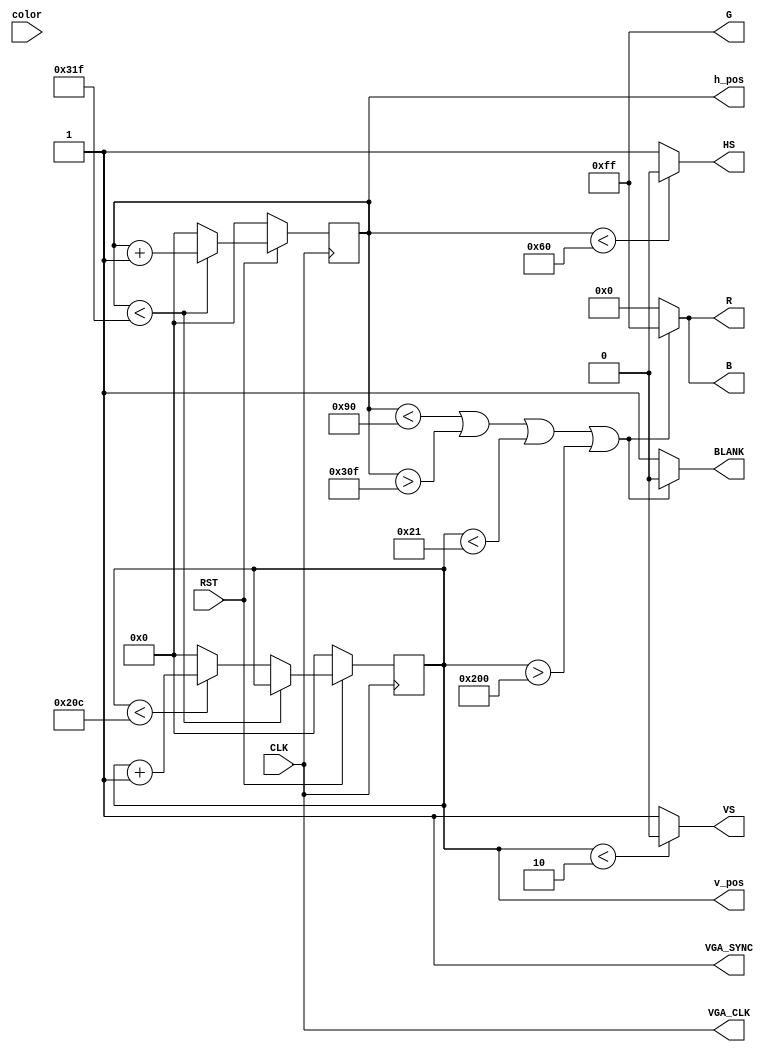
module VGA_Interface_block(
//Entradas
color,
CLK,
RST,
//Sadas		
R,G,B,
HS,VS,
BLANK,
h_pos,
v_pos,
VGA_SYNC,
VGA_CLK
); 

	input [7:0] color;
	input CLK, RST;
	
	output reg [7:0] R, G, B;
	output HS, VS;
	output reg BLANK;
	output  VGA_SYNC, VGA_CLK;

	parameter H_FRONT = 16;
	parameter H_SYNC = 96;
	parameter H_BACK = 48;
	parameter H_DISPLAY = 640;
	parameter H_BLANK = H_SYNC+H_BACK;
	parameter H_TOTAL = H_FRONT+H_SYNC+H_BACK+H_DISPLAY;

	parameter V_FRONT = 12;
	parameter V_SYNC = 2;
	parameter V_BACK = 31;
	parameter V_DISPLAY	= 480;
	parameter V_BLANK = V_SYNC+V_BACK;
	parameter V_TOTAL = V_FRONT+V_SYNC+V_BACK+V_DISPLAY;

	output reg [9:0] h_pos, v_pos;
	
	wire [23:0] colors[0:255];
	
	assign colors[0] = 24'h000000;  
	assign colors[1] = 24'h800000;
	assign colors[2] = 24'h008000;
	assign colors[3] = 24'h808000;  
	assign colors[4] = 24'h000080;
	assign colors[5] = 24'h800080;
	assign colors[6] = 24'h008080;
	assign colors[7] = 24'hc0c0c0;
	assign colors[8] = 24'h808080;
	assign colors[9] = 24'hff0000;
	assign colors[10] = 24'h00ff00;
	assign colors[11] = 24'hffff00;
	assign colors[12] = 24'h0000ff;
	assign colors[13] = 24'hff00ff;
	assign colors[14] = 24'h00ffff;
	assign colors[15] = 24'hffffff;
	assign colors[16] = 24'h000000;
	assign colors[17] = 24'h00005f;
	assign colors[18] = 24'h000087;
	assign colors[19] = 24'h0000af;
	assign colors[20] = 24'h0000d7;
	assign colors[21] = 24'h0000ff;
	assign colors[22] = 24'h005f00;
	assign colors[23] = 24'h005f5f;
	assign colors[24] = 24'h005f87;
	assign colors[25] = 24'h005faf;
	assign colors[26] = 24'h005fd7;
	assign colors[27] = 24'h005fff;
	assign colors[28] = 24'h008700;
	assign colors[29] = 24'h00875f; 
	assign colors[30] = 24'h008787;
	assign colors[31] = 24'h0087af;
	assign colors[32] = 24'h0087d7;
	assign colors[33] = 24'h0087ff;
	assign colors[34] = 24'h00af00; 
	assign colors[35] = 24'h00af5f;
	assign colors[36] = 24'h00af87;
	assign colors[37] = 24'h00afaf;
	assign colors[38] = 24'h00afd7;
	assign colors[39] = 24'h00afff;
	assign colors[40] = 24'h00d700; 
	assign colors[41] = 24'h00d75f;
	assign colors[42] = 24'h00d787;
	assign colors[43] = 24'h00d7af;
	assign colors[44] = 24'h00d7d7;
	assign colors[45] = 24'h00d7ff;
	assign colors[46] = 24'h00ff00; 
	assign colors[47] = 24'h00ff5f;
	assign colors[48] = 24'h00ff87;
	assign colors[49] = 24'h00ffaf;
	assign colors[50] = 24'h00ffd7;
	assign colors[51] = 24'h00ffff;
	assign colors[52] = 24'h5f0000; 
	assign colors[53] = 24'h5f005f;
	assign colors[54] = 24'h5f0087;
	assign colors[55] = 24'h5f00af;
	assign colors[56] = 24'h5f00d7;
	assign colors[57] = 24'h5f00ff;
	assign colors[58] = 24'h5f5f00; 
	assign colors[59] = 24'h5f5f5f;
	assign colors[60] = 24'h5f5f87;
	assign colors[61] = 24'h5f5faf;
	assign colors[62] = 24'h5f5fd7;
	assign colors[63] = 24'h5f5fff;
	assign colors[64] = 24'h5f8700; 
	assign colors[65] = 24'h5f875f;
	assign colors[66] = 24'h5f8787;
	assign colors[67] = 24'h5f87af;
	assign colors[68] = 24'h5f87d7;
	assign colors[69] = 24'h5f87ff;
	assign colors[70] = 24'h5faf00; 
	assign colors[71] = 24'h5faf5f;
	assign colors[72] = 24'h5faf87;
	assign colors[73] = 24'h5fafaf;
	assign colors[74] = 24'h5fafd7;
	assign colors[75] = 24'h5fafff;
	assign colors[76] = 24'h5fd700; 
	assign colors[77] = 24'h5fd75f;
	assign colors[78] = 24'h5fd787;
	assign colors[79] = 24'h5fd7af;
	assign colors[80] = 24'h5fd7d7;
	assign colors[81] = 24'h5fd7ff;
	assign colors[82] = 24'h5fff00; 
	assign colors[83] = 24'h5fff5f;
	assign colors[84] = 24'h5fff87;
	assign colors[85] = 24'h5fffaf;
	assign colors[86] = 24'h5fffd7;
	assign colors[87] = 24'h5fffff;
	assign colors[88] = 24'h870000; 
	assign colors[89] = 24'h87005f;
	assign colors[90] = 24'h870087;
	assign colors[91] = 24'h8700af;
	assign colors[92] = 24'h8700d7;
	assign colors[93] = 24'h8700ff;
	assign colors[94] = 24'h875f00; 
	assign colors[95] = 24'h875f5f;
	assign colors[96] = 24'h875f87;
	assign colors[97] = 24'h875faf;
	assign colors[98] = 24'h875fd7;
	assign colors[99] = 24'h875fff;
	assign colors[100] = 24'h878700;
	assign colors[101] = 24'h87875f;
	assign colors[102] = 24'h878787;
	assign colors[103] = 24'h8787af;
	assign colors[104] = 24'h8787d7;
	assign colors[105] = 24'h8787ff;
	assign colors[106] = 24'h87af00;
	assign colors[107] = 24'h87af5f;
	assign colors[108] = 24'h87af87;
	assign colors[109] = 24'h87afaf;
	assign colors[110] = 24'h87afd7;
	assign colors[111] = 24'h87afff;
	assign colors[112] = 24'h87d700;
	assign colors[113] = 24'h87d75f;
	assign colors[114] = 24'h87d787;
	assign colors[115] = 24'h87d7af;
	assign colors[116] = 24'h87d7d7;
	assign colors[117] = 24'h87d7ff;
	assign colors[118] = 24'h87ff00;
	assign colors[119] = 24'h87ff5f;
	assign colors[120] = 24'h87ff87;
	assign colors[121] = 24'h87ffaf;
	assign colors[122] = 24'h87ffd7;
	assign colors[123] = 24'h87ffff;
	assign colors[124] = 24'haf0000;
	assign colors[125] = 24'haf005f;
	assign colors[126] = 24'haf0087;
	assign colors[127] = 24'haf00af;
	assign colors[128] = 24'haf00d7;
	assign colors[129] = 24'haf00ff;
	assign colors[130] = 24'haf5f00;
	assign colors[131] = 24'haf5f5f;
	assign colors[132] = 24'haf5f87;
	assign colors[133] = 24'haf5faf;
	assign colors[134] = 24'haf5fd7;
	assign colors[135] = 24'haf5fff;
	assign colors[136] = 24'haf8700;
	assign colors[137] = 24'haf875f;
	assign colors[138] = 24'haf8787;
	assign colors[139] = 24'haf87af;
	assign colors[140] = 24'haf87d7;
	assign colors[141] = 24'haf87ff;
	assign colors[142] = 24'hafaf00;
	assign colors[143] = 24'hafaf5f;
	assign colors[144] = 24'hafaf87;
	assign colors[145] = 24'hafafaf;
	assign colors[146] = 24'hafafd7;
	assign colors[147] = 24'hafafff;
	assign colors[148] = 24'hafd700;
	assign colors[149] = 24'hafd75f;
	assign colors[150] = 24'hafd787;
	assign colors[151] = 24'hafd7af;
	assign colors[152] = 24'hafd7d7;
	assign colors[153] = 24'hafd7ff;
	assign colors[154] = 24'hafff00;
	assign colors[155] = 24'hafff5f;
	assign colors[156] = 24'hafff87;
	assign colors[157] = 24'hafffaf;
	assign colors[158] = 24'hafffd7;
	assign colors[159] = 24'hafffff;
	assign colors[160] = 24'hd70000;
	assign colors[161] = 24'hd7005f;
	assign colors[162] = 24'hd70087;
	assign colors[163] = 24'hd700af;
	assign colors[164] = 24'hd700d7;
	assign colors[165] = 24'hd700ff;
	assign colors[166] = 24'hd75f00;
	assign colors[167] = 24'hd75f5f;
	assign colors[168] = 24'hd75f87;
	assign colors[169] = 24'hd75faf;
	assign colors[170] = 24'hd75fd7;
	assign colors[171] = 24'hd75fff;
	assign colors[172] = 24'hd78700;
	assign colors[173] = 24'hd7875f;
	assign colors[174] = 24'hd78787;
	assign colors[175] = 24'hd787af;
	assign colors[176] = 24'hd787d7;
	assign colors[177] = 24'hd787ff;
	assign colors[178] = 24'hd7af00;
	assign colors[179] = 24'hd7af5f;
	assign colors[180] = 24'hd7af87;
	assign colors[181] = 24'hd7afaf;
	assign colors[182] = 24'hd7afd7;
	assign colors[183] = 24'hd7afff;
	assign colors[184] = 24'hd7d700;
	assign colors[185] = 24'hd7d75f;
	assign colors[186] = 24'hd7d787;
	assign colors[187] = 24'hd7d7af;
	assign colors[188] = 24'hd7d7d7;
	assign colors[189] = 24'hd7d7ff;
	assign colors[190] = 24'hd7ff00;
	assign colors[191] = 24'hd7ff5f;
	assign colors[192] = 24'hd7ff87;
	assign colors[193] = 24'hd7ffaf;
	assign colors[194] = 24'hd7ffd7;
	assign colors[195] = 24'hd7ffff;
	assign colors[196] = 24'hff0000;
	assign colors[197] = 24'hff005f;
	assign colors[198] = 24'hff0087;
	assign colors[199] = 24'hff00af;
	assign colors[200] = 24'hff00d7;
	assign colors[201] = 24'hff00ff;
	assign colors[202] = 24'hff5f00;
	assign colors[203] = 24'hff5f5f;
	assign colors[204] = 24'hff5f87;
	assign colors[205] = 24'hff5faf;
	assign colors[206] = 24'hff5fd7;
	assign colors[207] = 24'hff5fff;
	assign colors[208] = 24'hff8700;
	assign colors[209] = 24'hff875f;
	assign colors[210] = 24'hff8787;
	assign colors[211] = 24'hff87af;
	assign colors[212] = 24'hff87d7;
	assign colors[213] = 24'hff87ff;
	assign colors[214] = 24'hffaf00;
	assign colors[215] = 24'hffaf5f;
	assign colors[216] = 24'hffaf87;
	assign colors[217] = 24'hffafaf;
	assign colors[218] = 24'hffafd7;
	assign colors[219] = 24'hffafff;
	assign colors[220] = 24'hffd700;
	assign colors[221] = 24'hffd75f;
	assign colors[222] = 24'hffd787;
	assign colors[223] = 24'hffd7af;
	assign colors[224] = 24'hffd7d7;
	assign colors[225] = 24'hffd7ff;
	assign colors[226] = 24'hffff00;
	assign colors[227] = 24'hffff5f;
	assign colors[228] = 24'hffff87;
	assign colors[229] = 24'hffffaf;
	assign colors[230] = 24'hffffd7;
	assign colors[231] = 24'hffffff;
	assign colors[232] = 24'h080808;
	assign colors[233] = 24'h121212;
	assign colors[234] = 24'h1c1c1c;
	assign colors[235] = 24'h262626;
	assign colors[236] = 24'h303030;
	assign colors[237] = 24'h3a3a3a;
	assign colors[238] = 24'h444444;
	assign colors[239] = 24'h4e4e4e;
	assign colors[240] = 24'h585858;
	assign colors[241] = 24'h606060;
	assign colors[242] = 24'h666666;
	assign colors[243] = 24'h767676;
	assign colors[244] = 24'h808080;
	assign colors[245] = 24'h8a8a8a;
	assign colors[246] = 24'h949494;
	assign colors[247] = 24'h9e9e9e;
	assign colors[248] = 24'ha8a8a8;
	assign colors[249] = 24'hb2b2b2;
	assign colors[250] = 24'hbcbcbc;
	assign colors[251] = 24'hc6c6c6;
	assign colors[252] = 24'hd0d0d0;
	assign colors[253] = 24'hdadada;
	assign colors[254] = 24'he4e4e4;
	assign colors[255] = 24'heeeeee;
	
	
	always @(posedge CLK)
	begin
		if (RST == 1'b0)
		begin
			h_pos <= 1'b0;
			v_pos <= 1'b0;
		end
		else if (h_pos<H_TOTAL-1)//800 pulsos
		begin
			h_pos <= h_pos + 1'b1;
			//$display ("h_pos=%d v_pos=%d", h_pos, v_pos);
		end		
		else
		begin
			//$display ("h_pos=%d v_pos=%d", h_pos, v_pos);
			h_pos <= 1'b0;
			if (v_pos<V_TOTAL-1)//521 pulsos
				v_pos <= v_pos + 1'b1;	
			else
				v_pos <= 1'b0;
		end
	end
	
	always @(h_pos or v_pos)
	begin    
		if (h_pos<(H_BLANK) || h_pos>(H_TOTAL - H_FRONT - 1) || v_pos<(V_BLANK) || v_pos>(V_TOTAL - V_FRONT - 1))
		begin
			R=8'hff;
			G=8'hff;
			B=8'hff;
			BLANK = 1'b0;
			//$display ("h_pos =%d v_pos =%d | BLANK = 0 | V_SYNC = %b H_SYNC = %b", h_pos, v_pos, VS, HS);
		end
		else
		begin
			//TODO - Display interval
			BLANK = 1'b1;
			R=8'h00;
			G=8'hff;
			B=8'h00;
			//$display ("h_pos=%d v_pos=%d | BLANK = 1 | V_SYNC = %b H_SYNC = %b", h_pos, v_pos, VS, HS);

		end
	end
		
	assign HS = (h_pos < H_SYNC)?1'b0:1'b1;
	assign VS = (v_pos < V_SYNC)?1'b0:1'b1;
	
	assign VGA_CLK = CLK;
	assign VGA_SYNC = 1'b1;
	
	
endmodule